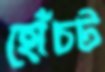
হোঁচট